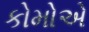
કોમોએ